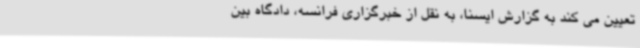
تعیین می کند به گزارش ایسنا، به نقل از خبرگزاری فرانسه، دادگاه بین